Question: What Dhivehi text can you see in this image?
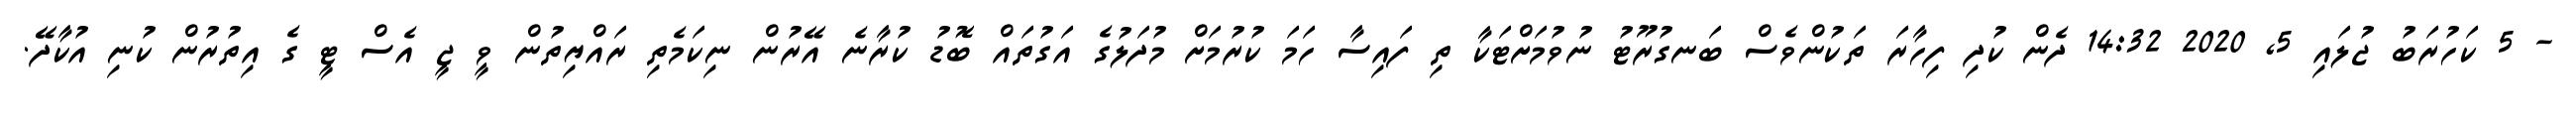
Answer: - 5 ކަހުރަބު ޖުލައި 5, 2020 14:32 ދެން ކުދި ފިހާރަ ތަކުންވެސް ބަނގުރޫޓު ނުވުމަށްޓަކާ ތި ފައިސާ ހަމަ ކުރުމަށް މުދަލުގެ އަގުތައް ބޮޑު ކުރާނެ އޭރުން ނިކަމެތި ރައްޔިތުން ވީ ޖީ އެސް ޓީ ގެ އިތުރުން ކުނި އުކާދޭ.